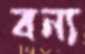
বন্য